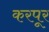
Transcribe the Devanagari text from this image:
करपूर